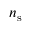
n _ { \mathrm { s } }